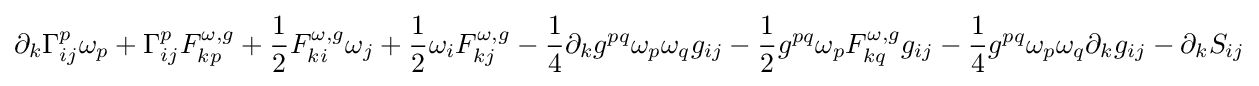
\partial _{k}\Gamma _{ij}^{p}\omega _{p}+\Gamma _{ij}^{p}F_{kp}^{\omega ,g}+{\frac {1}{2}}F_{ki}^{\omega ,g}\omega _{j}+{\frac {1}{2}}\omega _{i}F_{kj}^{\omega ,g}-{\frac {1}{4}}\partial _{k}g^{pq}\omega _{p}\omega _{q}g_{ij}-{\frac {1}{2}}g^{pq}\omega _{p}F_{kq}^{\omega ,g}g_{ij}-{\frac {1}{4}}g^{pq}\omega _{p}\omega _{q}\partial _{k}g_{ij}-\partial _{k}S_{ij}